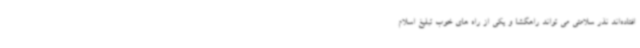
افتاده‌اند نذر سلامتی می تواند راهگشا و یکی از راه های خوب تبلیغ اسلام